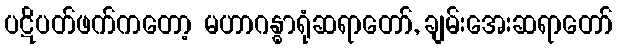
ပဋိပတ်ဖက်ကတော့ မဟာဂန္ဓာရုံဆရာတော်, ချမ်းအေးဆရာတော်